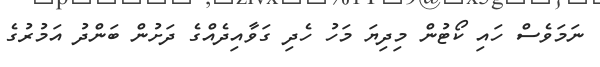
ނަމަވެސް ހައި ކޯޓުން މިދިޔަ މަހު ހެދި ގަވާއިދެއްގެ ދަށުން ބަންދު އަމުރުގެ